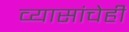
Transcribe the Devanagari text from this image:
व्यासांचेही